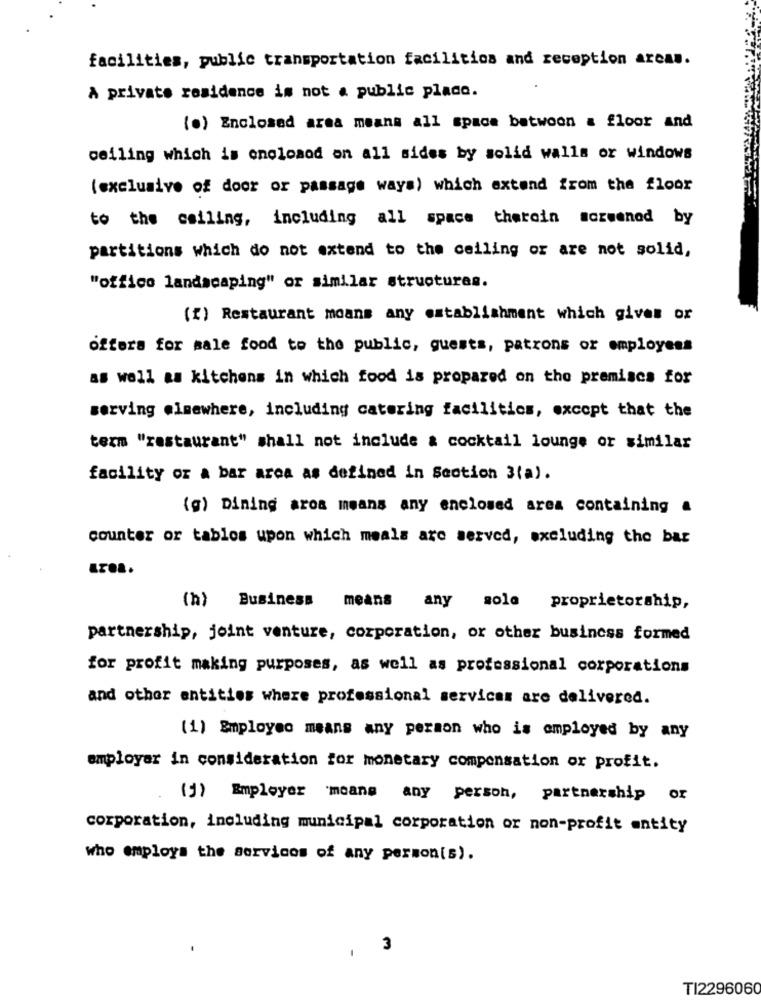
facilities, public transportation facilities and reception areas.
A private residence is not a public place.
(o) Enclosed area means all space between a floor and
ceiling which is onoloand on all sides by solid walls or windows
(exclusive of door or passage ways) which extend from the floor
to the ceiling, including all space thetoin screened by
partitions which do not extend to the ceiling or are not solid,
"office landscaping" or similar structures.
(f) Restaurant moans any establishment which gives or
offers for sale food to the public, guests, patrons or employees
as well as kitchens in which food is prepared on the premises for
serving elsewhere, including catering facilitics, except that the
term "restaurant" shall not include & cocktail lounge or similar
facility or a bar area as defined in Section 3(a) .
(g) Dining aroa means any enclosed area containing a
counter or tablos upon which meals are served, excluding the bar
(h) Business means any sole proprietorship,
partnership, joint venture, corporation, or other business formed
for profit making purposes, as well as professional corporations
and other entities where professional services are delivered.
(1) Employeo means any person who is employed by any
employer in consideration for monetary compensation or profit.
(y) Employer means any person, partnership or
corporation, including municipal corporation or non-profit entity
who employs the servicos of any person(s).
3
TI2296060